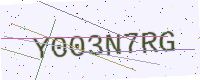
Text: Y003N7RG